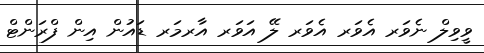
ވީވިލް ނެވަރ އެވަރ އެވަރ ލޭ އަވަރ އާރމަރ ޑައުން އިން ފްރަންޓް